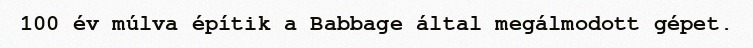
100 év múlva építik a Babbage által megálmodott gépet.